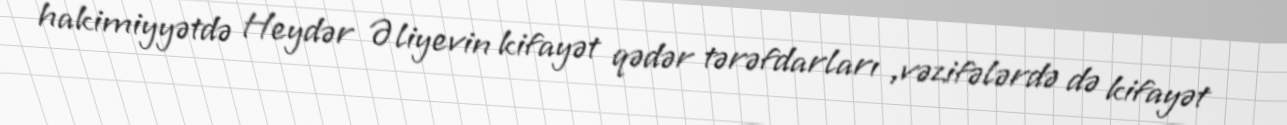
hakimiyyətdə Heydər Əliyevin kifayət qədər tərəfdarları ,vəzifələrdə də kifayət